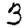
Digit: 3